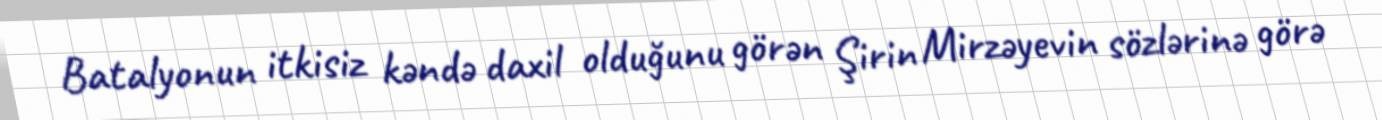
Batalyonun itkisiz kəndə daxil olduğunu görən Şirin Mirzəyevin sözlərinə görə